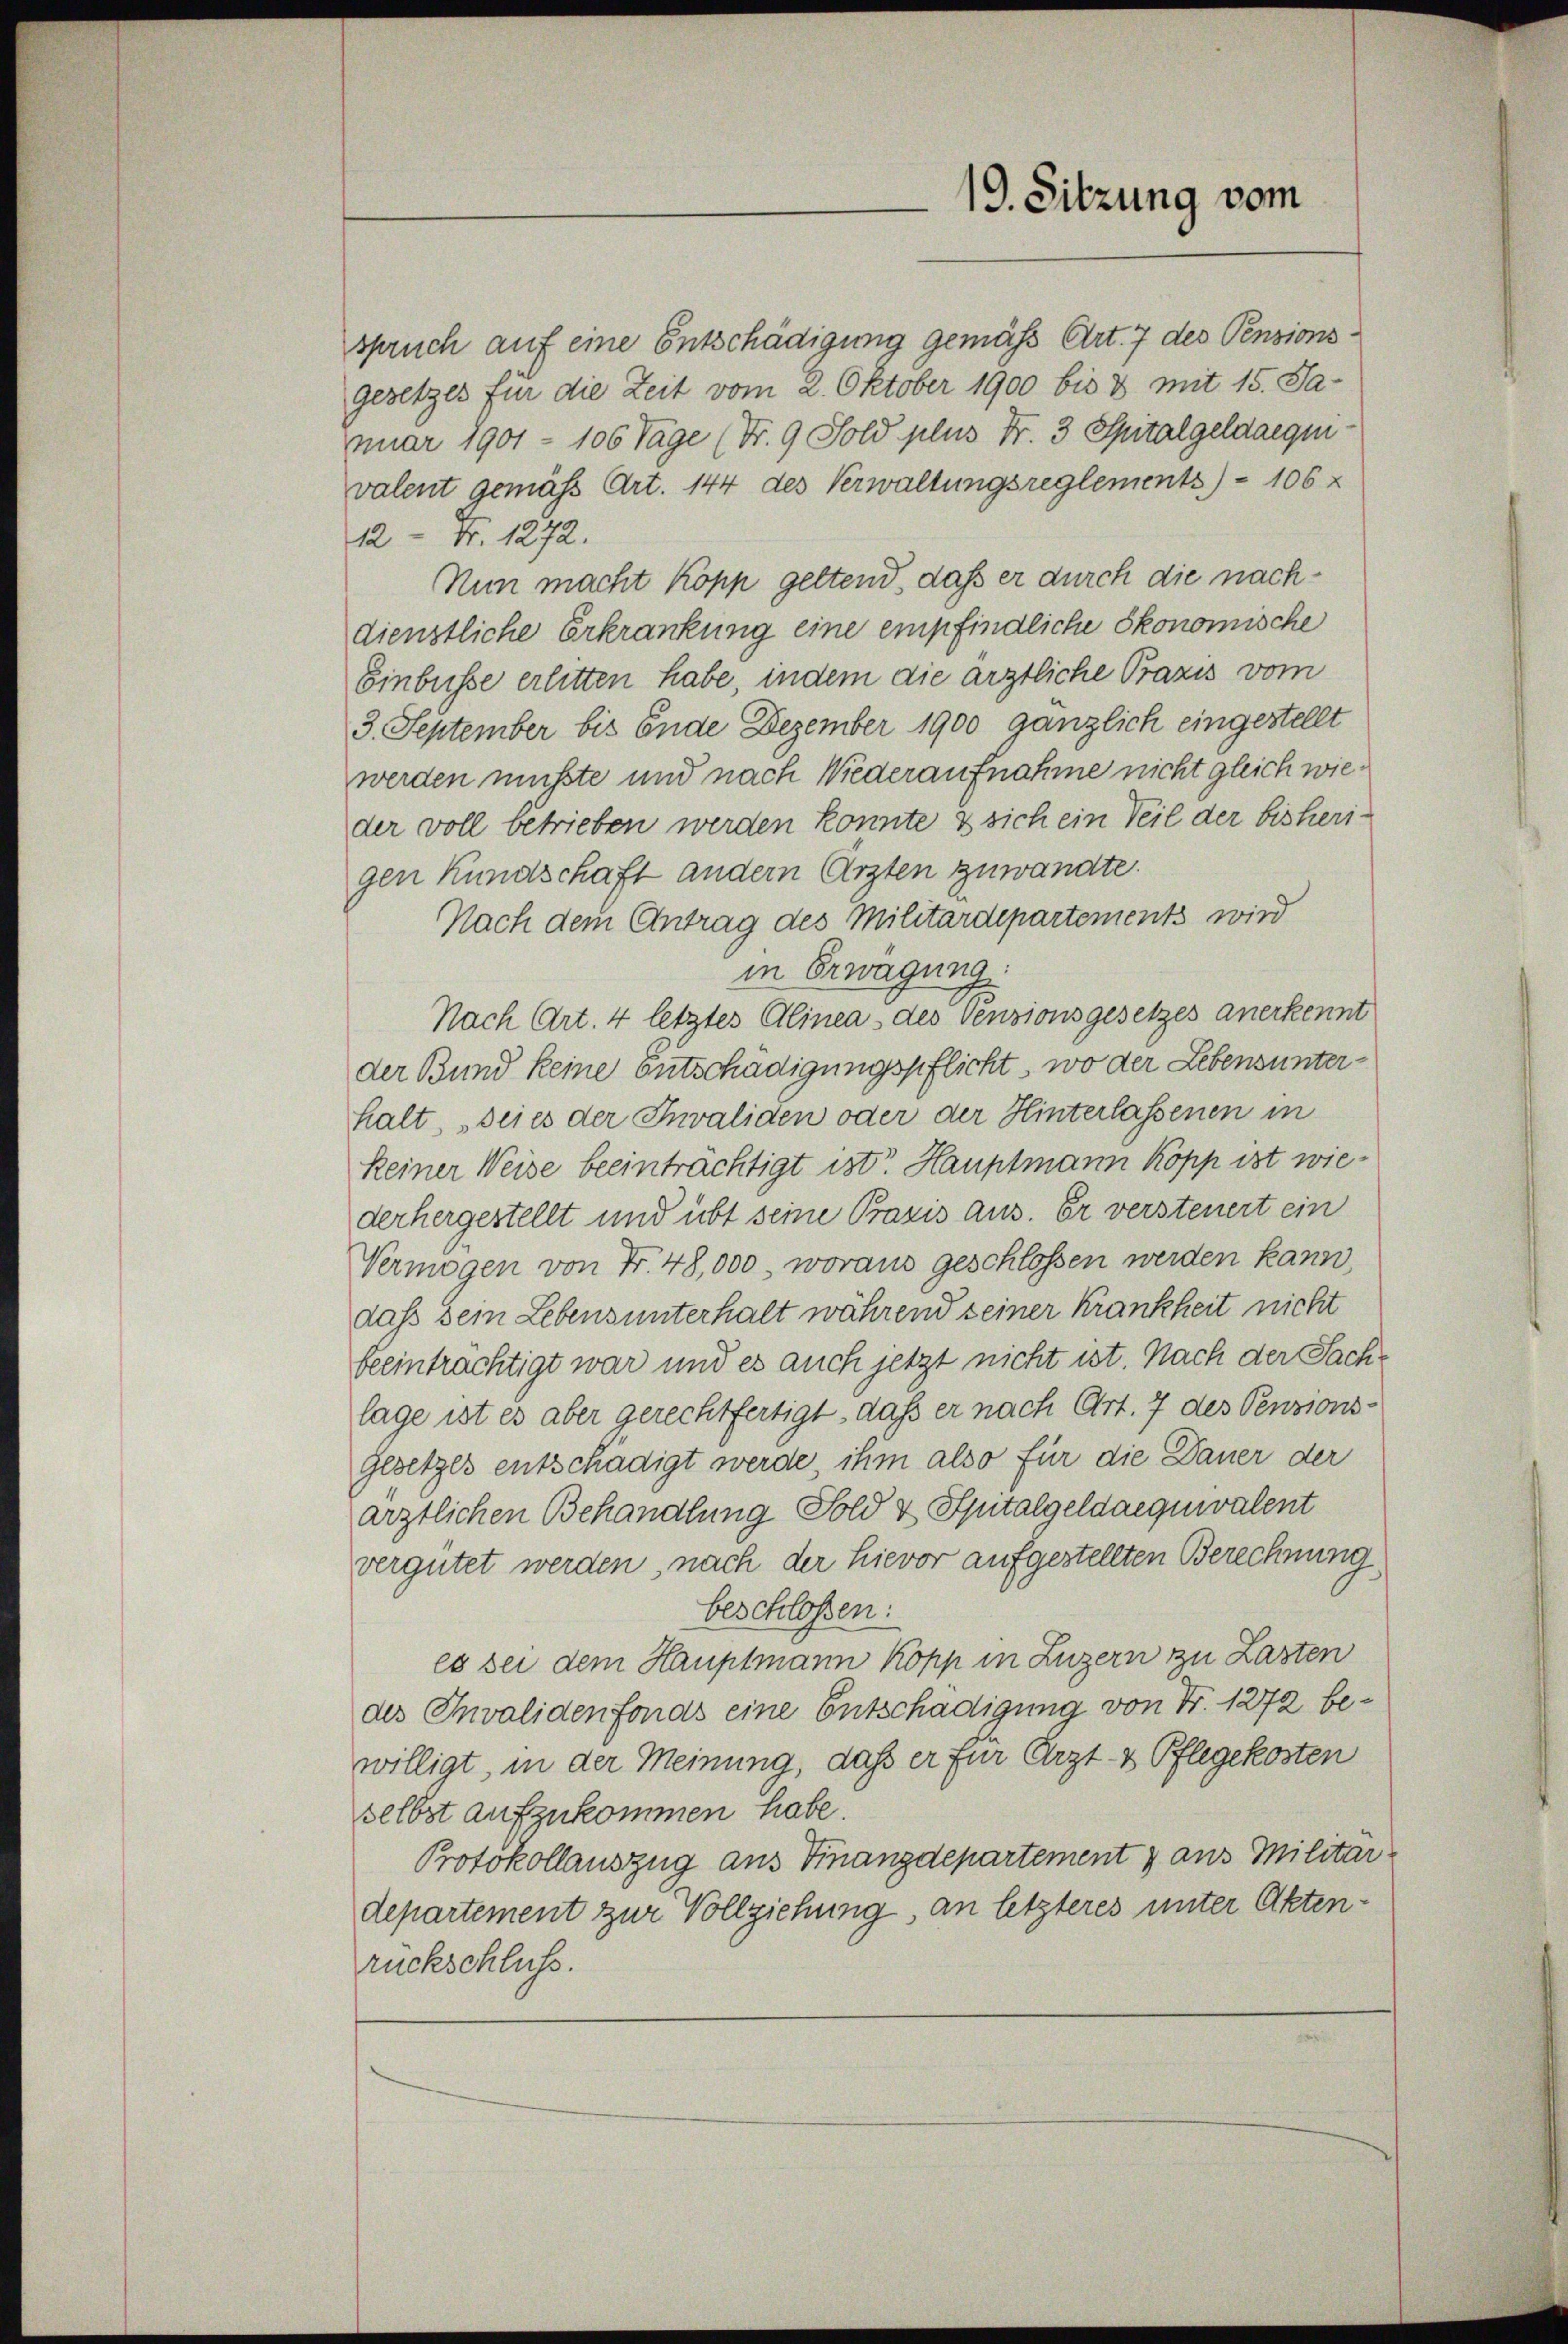
spruch auf eine Entschädigung gemäß Art. 7 des Pensionsgesetzes für die Zeit vom 2. Oktober 1900 bis 3 mit 15. Januar 1901 - 106 Tage (Nr. 9 Sold plus Fr. 3 Spitalgeldaequivalent gemäß Art. 144 des Verwaltungsreglements) 106 x
12 - Fr. 1272.
Nun macht Kopp geltend, daß er durch die nachdienstliche Erkrankung eine empfindliche ökonomische
Einbusse erlitten habe, indem die ärztliche Praxis vom
3. September bis Ende Dezember 1900 gänzlich eingestellt
werden müsste und nach Wiederaufnahme nicht gleich wieder voll betrieben werden könnte & sich ein Teil der bisherigen Kundschaft andern Arzten zuwandte.
Nach dem Antrag des Militärdepartements wird
in Erwägung:
Nach Art. 4 letztes Alinea des Pensionsgesetzes anerkennt
der Bund keine entschädigungspflicht, wo der Lebensunterhalt, „deies der Invaliden oder der Hinterlassenen in
keiner Weise beeinträchtigt ist. Hauptmann Kopp ist wiederhergestellt und übt seine Praxis aus. Er versteuert ein
Vermögen von Fr. 48,000, woraus geschlossen werden kann,
dass sein Lebens unterhalt während seiner Krankheit nicht
beeinträchtigt war und es auch jetzt nicht ist. Nach der Sachlage ist es aber gerechtfertigt, daß er nach Art. 7 des Pensionsgesetzes entschädigt werde, ihm also für die Dauer der
ärztlichen Behandlung Fold & Spitalgeldaequivalent
vergütet werden, nach der hievor aufgestellten Berechnung
beschlossen:
es sei dem Hauptmann Kopp in Luzern zu Lasten
des Invalidenfonds eine Entschädigung von Fr. 1272 bewilligt, in der Meinung, daß er für Arzt- & Pflegekosten
selbst aufzukommen habe.
Protokollauszug aus Finanzdepartement & aus Militar-
departement zur Vollziehung, an letzteres unter Aktenrückschluss.

19. Sitzung vom